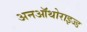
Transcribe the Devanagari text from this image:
अनऑथोराइज्ड